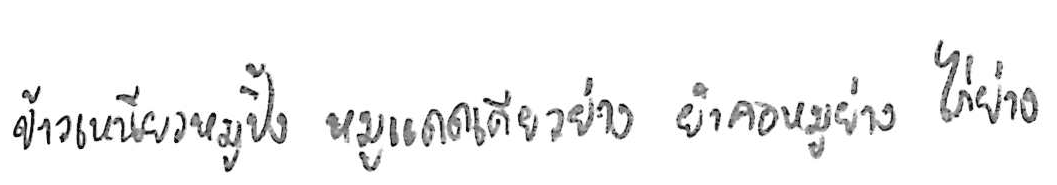
ข้าวเหนียวหมูปิ้ง หมูแดดเดียวย่าง ยำคอหมูย่าง ไก่ย่าง